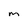
Character: m